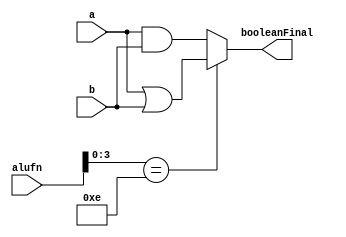
/*
   This file was generated automatically by the Mojo IDE version B1.3.5.
   Do not edit this file directly. Instead edit the original Lucid source.
   This is a temporary file and any changes made to it will be destroyed.
*/

module boolean_62 (
    input [5:0] alufn,
    input [7:0] a,
    input [7:0] b,
    output reg [7:0] booleanFinal
  );
  
  
  
  always @* begin
    
    case (alufn[0+3-:4])
      4'he: begin
        booleanFinal = a | b;
      end
      default: begin
        booleanFinal = a & b;
      end
    endcase
  end
endmodule